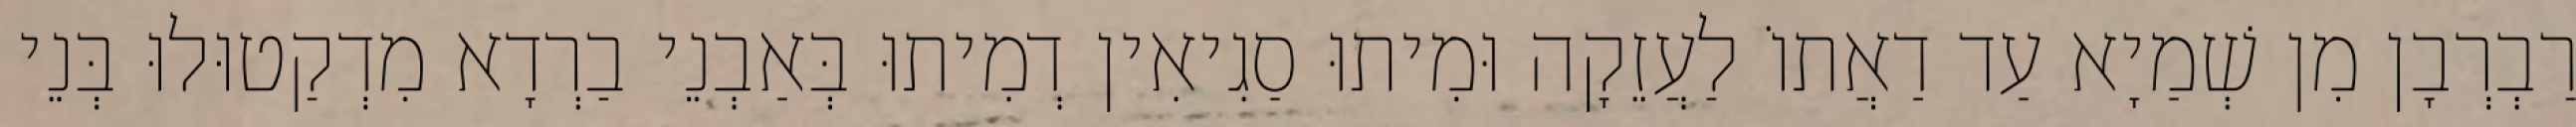
רַבְרְבָן מִן שְׁמַיָא עַד דַאֲתוֹ לַעֲזֵקָה וּמִיתוּ סַגִיאִין דְמִיתוּ בְּאַבְנֵי בַרְדָא מִדְקַטוּלוּ בְּנֵי